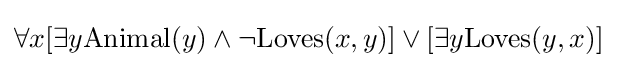
\forall x[\exists y\mathrm {Animal} (y)\land \lnot \mathrm {Loves} (x,y)]\lor [\exists y\mathrm {Loves} (y,x)]